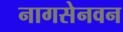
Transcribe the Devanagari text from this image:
नागसेनवन